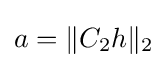
a=\Vert C_{2}h\Vert _{2}